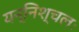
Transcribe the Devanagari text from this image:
यन्निश्चलः